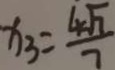
x _ { 3 } = \frac { 4 \sqrt { 7 } } { 7 }